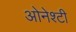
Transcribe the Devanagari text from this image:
ओनेश्टी